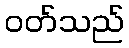
ဝတ်သည်